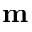
\mathbf { m }